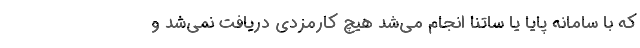
که با سامانه پایا یا ساتنا انجام می‌شد هیچ کارمزدی دریافت نمی‌شد و